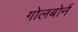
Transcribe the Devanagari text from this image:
गोलबोर्न